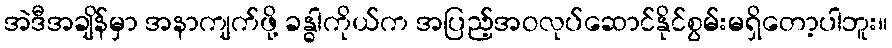
အဲဒီအချိန်မှာ အနာကျက်ဖို့ ခန္ဓါကိုယ်က အပြည့်အဝလုပ်ဆောင်နိုင်စွမ်းမရှိတော့ပါဘူး။